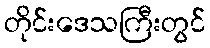
တိုင်းဒေသကြီးတွင်